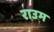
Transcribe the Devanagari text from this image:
राउम